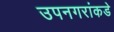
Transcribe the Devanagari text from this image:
उपनगरांकडे